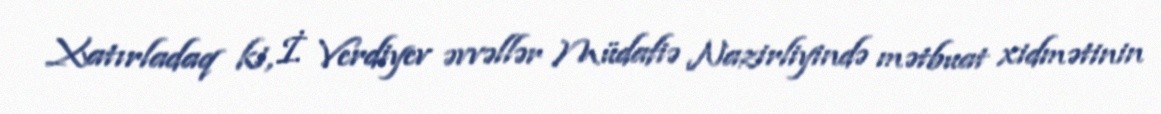
Xatırladaq ki, İ. Verdiyev əvvəllər Müdafiə Nazirliyində mətbuat xidmətinin